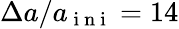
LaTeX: \Delta a/a_{\mathrm{~i~n~i~}}=14